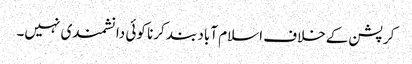
کرپشن کےخلاف اسلام آباد بند کرنا کوئی دانشمندی نہیں۔